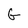
Character: G